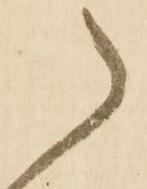
御